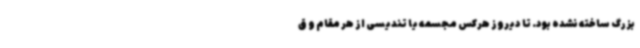
بزرگ ساخته نشده بود. تا دیروز هرکس مجسمه یا تندیسی از هر مقام و ق